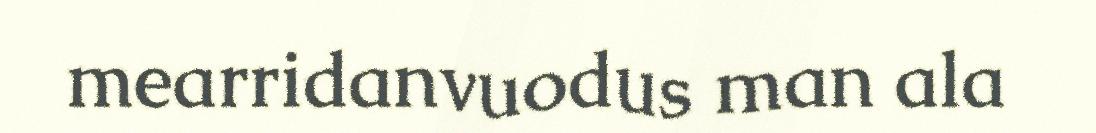
mearridanvuodus man ala